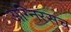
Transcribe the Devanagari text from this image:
अग्निरसच